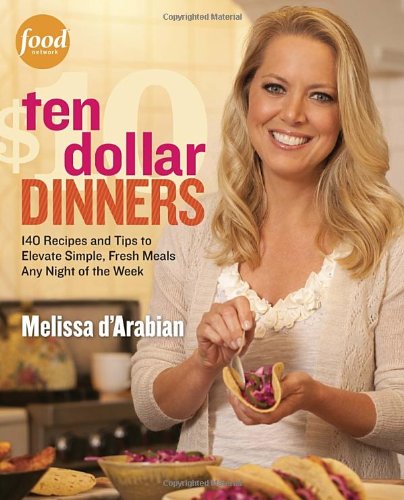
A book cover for Ten Dollar Dinners: 140 Recipes & Tips to Elevate Simple, Fresh Meals Any Night of the Week; Melissa d'Arabian; Cookbooks, Food & Wine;